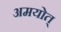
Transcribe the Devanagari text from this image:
अमयोत्